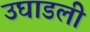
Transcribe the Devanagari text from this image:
उघाडली